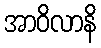
အာဝိလာနိ